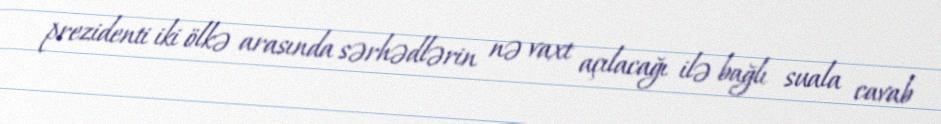
prezidenti iki ölkə arasında sərhədlərin nə vaxt açılacağı ilə bağlı suala cavab